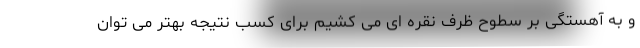
و به آهستگی بر سطوح ظرف نقره ای می کشیم برای کسب نتیجه بهتر می توان